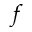
f